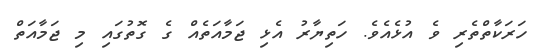
ހަރަކާތްތެރި ވެ އުޅެއެވެ. ހަތިޔާރު އެޅި ޖަމާއަތެއް ގެ ގޮތުގައި މި ޖަމާއަތް